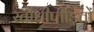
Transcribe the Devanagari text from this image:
रतौंधीपीड़ितों